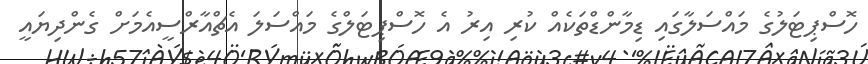
ހޮސްޕިޓަލުގެ މައްސަލާގައި ޑިމާންޑްތަކެއް ކުރި އިރު އެ ހޮސްޕިޓަލްގެ މައްސަލަ އެޗްއާރްސީއެމަށް ގެންދިޔައީ